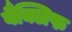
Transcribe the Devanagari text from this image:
वैक्लिफ